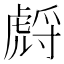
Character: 𧇛